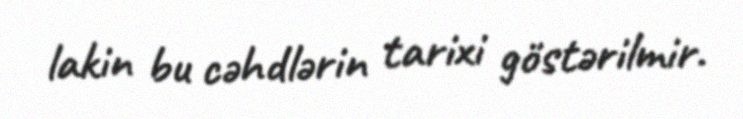
lakin bu cəhdlərin tarixi göstərilmir.